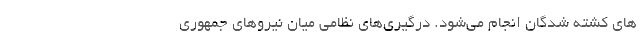
های کشته شدگان انجام می‌شود. درگیری‌های نظامی میان نیروهای جمهوری